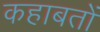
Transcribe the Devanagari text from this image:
कहाबतों